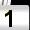
Digit: 1